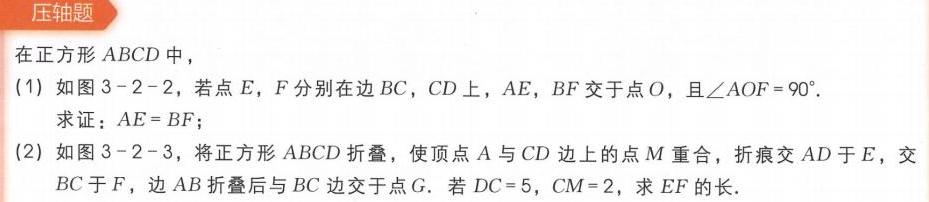
**压轴题**
在正方形\(ABCD\)中，
(1) 如图3 - 2 - 2，若点\(E\)，\(F\)分别在边\(BC\)，\(CD\)上，\(AE\)，\(BF\)交于点\(O\)，且\(\angle AOF = 90^{\circ}\).
求证：\(AE = BF\)；
(2) 如图3 - 2 - 3，将正方形\(ABCD\)折叠，使顶点\(A\)与\(CD\)边上的点\(M\)重合，折痕交\(AD\)于\(E\)，交\(BC\)于\(F\)，边\(AB\)折叠后与\(BC\)边交于点\(G\). 若\(DC = 5\)，\(CM = 2\)，求\(EF\)的长.